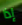
إذا